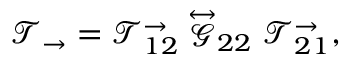
\mathcal { T } _ { \rightarrow } = \mathcal { T } _ { 1 2 } ^ { \rightarrow } \stackrel { \leftrightarrow } { \mathcal { G } } _ { 2 2 } \mathcal { T } _ { 2 1 } ^ { \rightarrow } ,